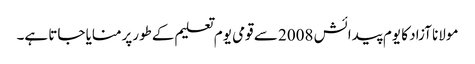
مولانا آزاد کا یوم پیدائش 2008 سے قومی یوم تعلیم کےطورپرمنایا جاتا ہے۔